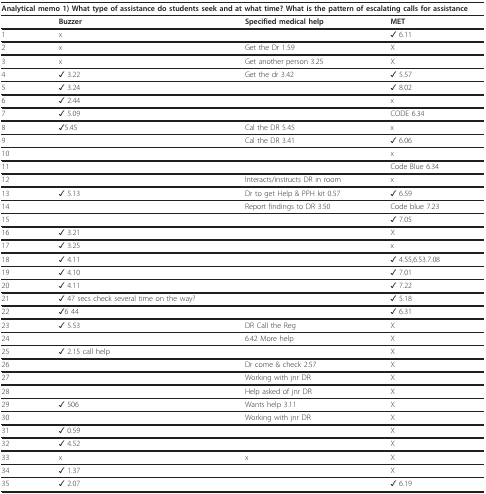
<table><thead><tr><td colspan="4"><b>Analytical memo 1) What type of assistance do students seek and at what time? What is the pattern of escalating calls for assistance</b></td></tr></thead><tbody><tr><td></td><td><b>Buzzer</b></td><td><b>Specified medical help</b></td><td><b>MET</b></td></tr><tr><td>1</td><td>x</td><td></td><td><b>✓ </b>6.11</td></tr><tr><td>2</td><td>x</td><td>Get the Dr 1.59</td><td>X</td></tr><tr><td>3</td><td>x</td><td>Get another person 3.25</td><td>X</td></tr><tr><td>4</td><td><b>✓ </b>3.22</td><td>Get the dr 3.42</td><td><b>✓ </b>5.57</td></tr><tr><td>5</td><td><b>✓ </b>3.24</td><td></td><td><b>✓ </b>8.02</td></tr><tr><td>6</td><td><b>✓ </b>2.44</td><td></td><td>x</td></tr><tr><td>7</td><td><b>✓ </b>5.09</td><td></td><td>CODE 6.34</td></tr><tr><td>8</td><td><b>✓</b>5.45</td><td>Cal the DR 5.45</td><td>x</td></tr><tr><td>9</td><td></td><td>Cal the DR 3.41</td><td><b>✓ </b>6.06</td></tr><tr><td>10</td><td></td><td></td><td>x</td></tr><tr><td>11</td><td></td><td></td><td>Code Blue 6.34</td></tr><tr><td>12</td><td></td><td>Interacts/instructs DR in room</td><td>x</td></tr><tr><td>13</td><td><b>✓ </b>5.13</td><td>Dr to get Help &amp; PPH kit 0.57</td><td><b>✓ </b>6.59</td></tr><tr><td>14</td><td></td><td>Report findings to DR 3.50</td><td>Code blue 7.23</td></tr><tr><td>15</td><td></td><td></td><td><b>✓ </b>7.05</td></tr><tr><td>16</td><td><b>✓ </b>3.21</td><td></td><td>X</td></tr><tr><td>17</td><td><b>✓ </b>3.25</td><td></td><td>x</td></tr><tr><td>18</td><td><b>✓ </b>4.11</td><td></td><td><b>✓ </b>4.55,6.53.7.08</td></tr><tr><td>19</td><td><b>✓ </b>4.10</td><td></td><td><b>✓ </b>7.01</td></tr><tr><td>20</td><td><b>✓ </b>4.11</td><td></td><td><b>✓ </b>7.22</td></tr><tr><td>21</td><td><b>✓ </b>47 secs check several time on the way?</td><td></td><td><b>✓ </b>5.18</td></tr><tr><td>22</td><td><b>✓</b>6 44</td><td></td><td><b>✓ </b>6.31</td></tr><tr><td>23</td><td><b>✓ </b>5.53</td><td>DR Call the Reg</td><td>X</td></tr><tr><td>24</td><td></td><td>6.42 More help</td><td>X</td></tr><tr><td>25</td><td><b>✓ </b>2.15 call help</td><td></td><td>X</td></tr><tr><td>26</td><td></td><td>Dr come &amp; check 2.57</td><td>X</td></tr><tr><td>27</td><td></td><td>Working with jnr DR</td><td>X</td></tr><tr><td>28</td><td></td><td>Help asked of jnr DR</td><td>X</td></tr><tr><td>29</td><td><b>✓ </b>506</td><td>Wants help 3.11</td><td>X</td></tr><tr><td>30</td><td></td><td>Working with jnr DR</td><td>X</td></tr><tr><td>31</td><td><b>✓ </b>0.59</td><td></td><td>X</td></tr><tr><td>32</td><td><b>✓ </b>4.52</td><td></td><td>X</td></tr><tr><td>33</td><td>x</td><td>x</td><td>X</td></tr><tr><td>34</td><td><b>✓ </b>1.37</td><td></td><td>X</td></tr><tr><td>35</td><td><b>✓ </b>2.07</td><td></td><td><b>✓ </b>6.19</td></tr></tbody></table>